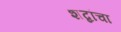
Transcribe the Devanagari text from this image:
शब्दांचा